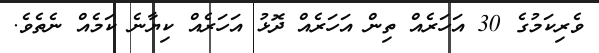
ވެރިކަމުގެ 30 އަހަރެއް ތިން އަހަރެއް ދޮޅު އަހަރެއް ކިޔާނެ ކަމެއް ނެތެވެ.